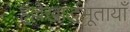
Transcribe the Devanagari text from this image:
हृल्लेखार्द्धभूतायाँ